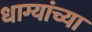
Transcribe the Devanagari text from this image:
धाग्यांच्या